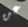
عن